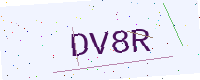
Text: DV8R